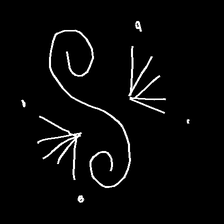
Glyph: aeroform